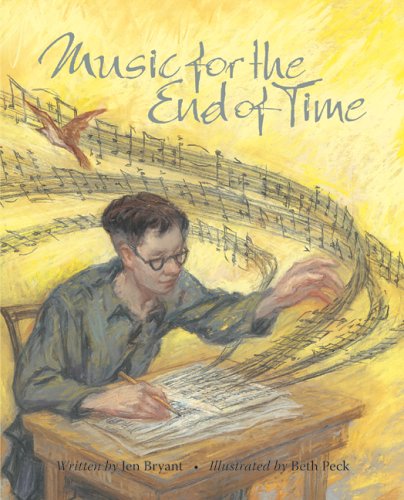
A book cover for Music for the End of Time; Bryant; Teen & Young Adult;